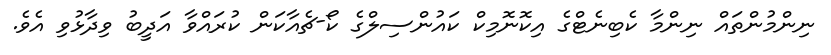
ނިންމުންތައް ނިންމާ ކެބިނެޓްގެ އިކޮނޮމިކް ކައުންސިލްގެ ކޯ-ޗެއާކަން ކުރައްވާ އަދީބު ވިދާޅުވި އެވެ.